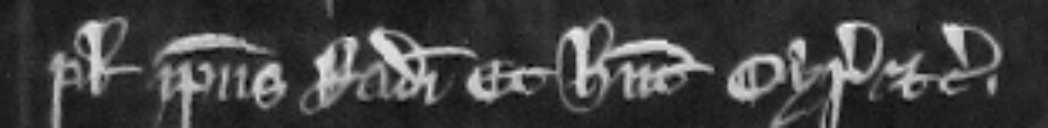
plegium ipsius Radulfi. Et habent cyrographum etc.